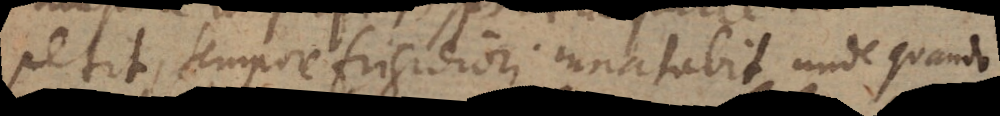
petit, tempore frigidiori innatabit unde quando